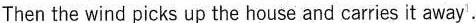
Then the wind picks up the house and carries it away^{1}.